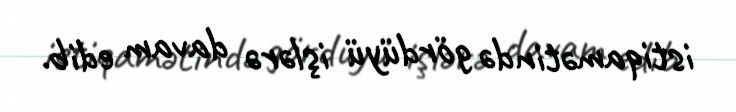
istiqamətində gördüyü işlərə davam edib.